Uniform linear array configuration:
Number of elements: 4
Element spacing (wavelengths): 0.25
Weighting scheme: kaiser
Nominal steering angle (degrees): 0
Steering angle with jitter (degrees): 0.09906
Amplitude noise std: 0.05
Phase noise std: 0.05

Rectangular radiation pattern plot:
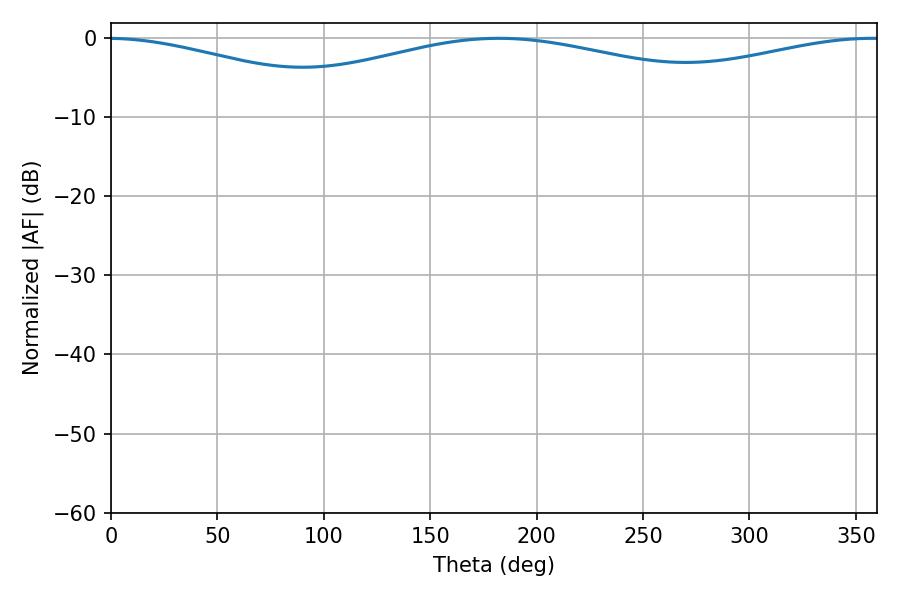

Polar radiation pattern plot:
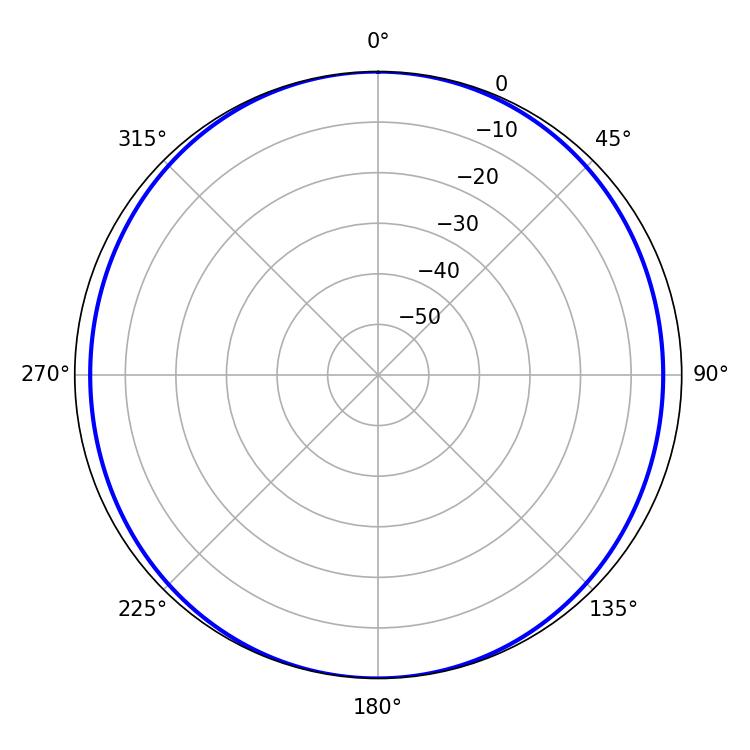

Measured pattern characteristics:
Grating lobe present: FALSE
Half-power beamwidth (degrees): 149.4
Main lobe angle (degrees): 182.16